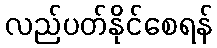
လည်ပတ်နိုင်စေရန်